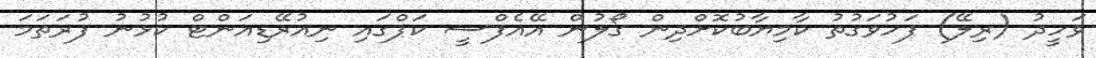
ވަހީދު (ރިލޭ) ފަހުވަގުތު ކާމިޔާބުކޮށްދިން ގޯލުން އޭއެފްސީ ކަޕްގައި ނިއުރޭޑިއަންޓް ކުޅުނު ފުރަތަމަ